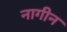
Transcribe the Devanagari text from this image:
नागीन